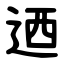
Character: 迺